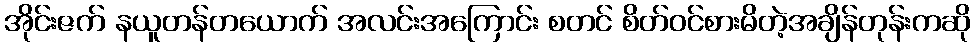
အိုင်းဇက် နယူတန်တယောက် အလင်းအကြောင်း စတင် စိတ်ဝင်စားမိတဲ့အချိန်တုန်းကဆို